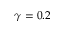
\gamma = 0 . 2